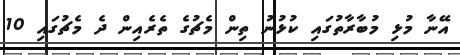
އޭނާ މުޅި މުބާރާތުގައި ކުޅުނު ތިން މެޗުގެ ތެރެއިން ދެ މެޗުގައި 10